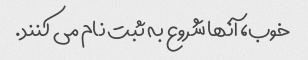
خوب، آنها شروع به ثبت نام می کنند.